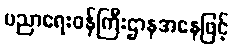
ပညာရေးဝန်ကြီးဌာနအနေဖြင့်